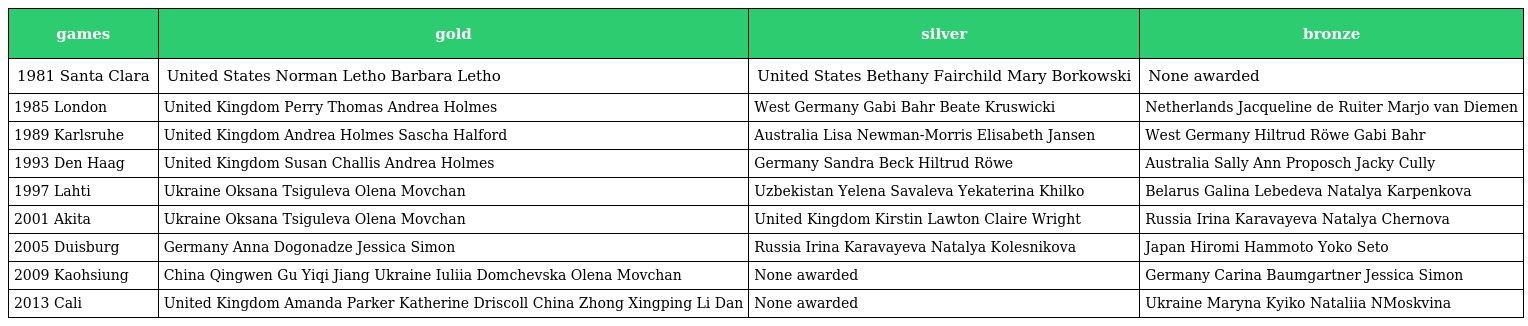
| games | gold | silver | bronze |
 | --- | --- | --- | --- |
 | 1981 Santa Clara | United States Norman Letho Barbara Letho | United States Bethany Fairchild Mary Borkowski | None awarded |
 | 1985 London | United Kingdom Perry Thomas Andrea Holmes | West Germany Gabi Bahr Beate Kruswicki | Netherlands Jacqueline de Ruiter Marjo van Diemen |
 | 1989 Karlsruhe | United Kingdom Andrea Holmes Sascha Halford | Australia Lisa Newman-Morris Elisabeth Jansen | West Germany Hiltrud Röwe Gabi Bahr |
 | 1993 Den Haag | United Kingdom Susan Challis Andrea Holmes | Germany Sandra Beck Hiltrud Röwe | Australia Sally Ann Proposch Jacky Cully |
 | 1997 Lahti | Ukraine Oksana Tsiguleva Olena Movchan | Uzbekistan Yelena Savaleva Yekaterina Khilko | Belarus Galina Lebedeva Natalya Karpenkova |
 | 2001 Akita | Ukraine Oksana Tsiguleva Olena Movchan | United Kingdom Kirstin Lawton Claire Wright | Russia Irina Karavayeva Natalya Chernova |
 | 2005 Duisburg | Germany Anna Dogonadze Jessica Simon | Russia Irina Karavayeva Natalya Kolesnikova | Japan Hiromi Hammoto Yoko Seto |
 | 2009 Kaohsiung | China Qingwen Gu Yiqi Jiang Ukraine Iuliia Domchevska Olena Movchan | None awarded | Germany Carina Baumgartner Jessica Simon |
 | 2013 Cali | United Kingdom Amanda Parker Katherine Driscoll China Zhong Xingping Li Dan | None awarded | Ukraine Maryna Kyiko Nataliia NMoskvina |